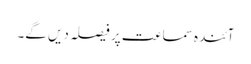
آئندہ سماعت پر فیصلہ دیں گے۔